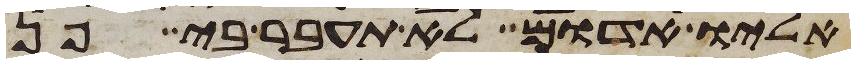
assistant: אליו אדום לא תעבר בי פן